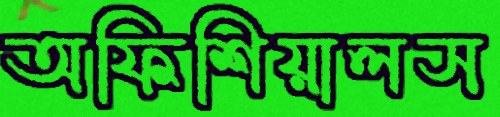
অফিশিয়ালস